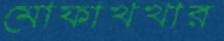
মোফাখখার